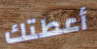
أعطتك